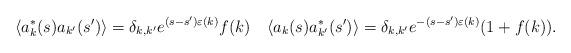
LaTeX: \begin{align*}\langle a^*_k(s)a_{k'}(s')\rangle = \delta_{k,k'} e^{(s-s')\varepsilon(k)}f(k)\quad\langle a_k(s)a^*_{k'}(s')\rangle = \delta_{k,k'} e^{-(s-s')\varepsilon(k)}(1+f(k)).\end{align*}